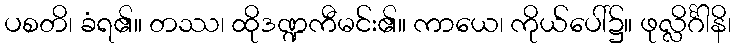
ပစတိ၊ ခံရ၏။ တဿ၊ ထိုဒဏ္ဍကီမင်း၏။ ကာယေ၊ ကိုယ်ပေါ်၌။ ဖုလ္လိင်္ဂါနိ၊